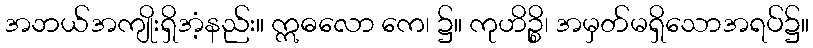
အဘယ်အကျိုးရှိအံ့နည်း။ ဣဓလော ကေ၊ ၌။ ကုဟိဉ္စိ၊ အမှတ်မရှိသောအရပ်၌။